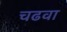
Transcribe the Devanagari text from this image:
चढवा